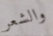
والشعر